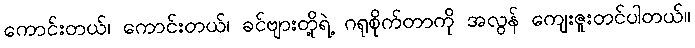
ကောင်းတယ်၊ ကောင်းတယ်၊ ခင်ဗျားတို့ရဲ့ ဂရုစိုက်တာကို အလွန် ကျေးဇူးတင်ပါတယ်။